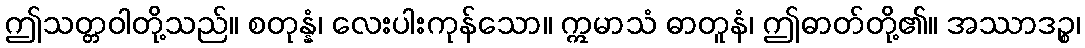
ဤသတ္တဝါတို့သည်။ စတုန္နံ၊ လေးပါးကုန်သော။ ဣမာသံ ဓာတူနံ၊ ဤဓာတ်တို့၏။ အဿာဒဉ္စ၊